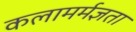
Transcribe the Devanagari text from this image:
कलामर्मज्ञता